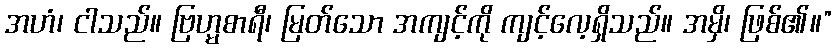
အဟံ၊ ငါသည်။ ဗြဟ္မစာရီ၊ မြတ်သော အကျင့်ကို ကျင့်လေ့ရှိသည်။ အမှိ၊ ဖြစ်၏။”